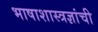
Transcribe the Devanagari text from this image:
भाषाशास्त्रज्ञांची